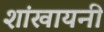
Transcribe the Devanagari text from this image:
शांखायनी